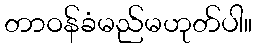
တာဝန်ခံမည်မဟုတ်ပါ။